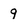
Character: 9